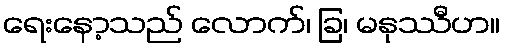
ရေးနော့သည် လောက်၊ ခြ၊ မနုဿီဟ။